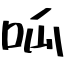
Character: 呱